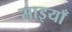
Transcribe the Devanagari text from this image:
साइयाँ